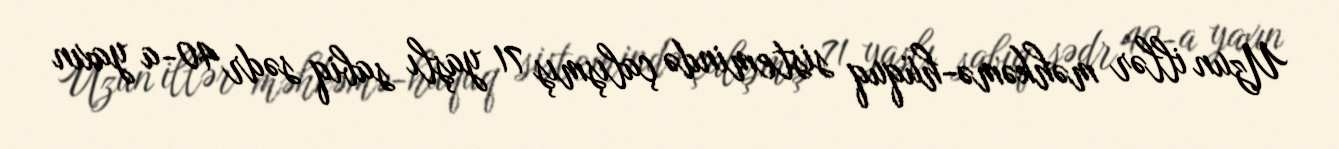
Uzun illər məhkəmə-hüquq sistemində çalışmış 71 yaşlı sabiq sədr 40-a yaxın